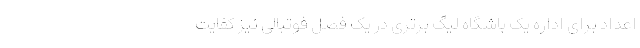
اعداد برای اداره یک باشگاه لیگ برتری در یک فصل فوتبالی نیز کفایت